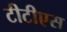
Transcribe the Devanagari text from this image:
टीटीएस